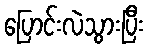
ပြောင်းလဲသွားပြီး